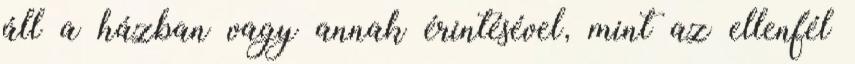
áll a házban vagy annak érintésével, mint az ellenfél